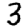
Digit: 3